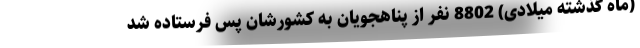
(ماه گذشته میلادی) 8802 نفر از پناهجویان به کشورشان پس فرستاده شد